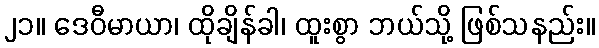
၂၁။ ဒေဝီမာယာ၊ ထိုချိန်ခါ၊ ထူးစွာ ဘယ်သို့ ဖြစ်သနည်း။